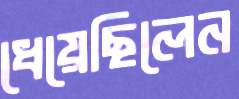
ধেয়েছিলেন